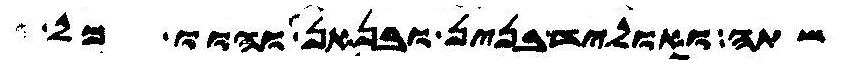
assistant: שתה ואוליד בנין ובנאן והוו כל